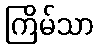
ကြိမ်သာ